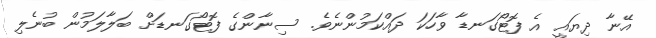
އޭނާ ދިޔައީ އެ ފޮޓޯގަނޑާ ވާހަކަ ދައްކަމުންނެވެ. ސިނާންގެ ފޮޓޯގަނޑަށް ބަލާލަމުން ބުނެލި